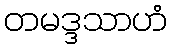
တမဒ္ဒသာဟံ